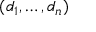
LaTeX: ( d _ { 1 } , \dotsc , d _ { n } )